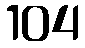
104